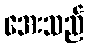
အေးသည်